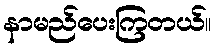
နာမည်ပေးကြတယ်။